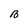
Character: B